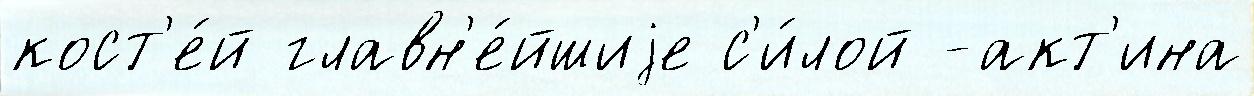
кост'е́й главн'е́йшиjе с'и́лой -акт'ина